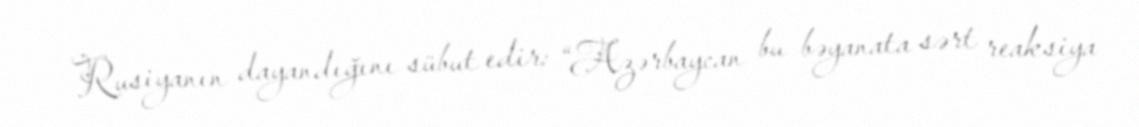
Rusiyanın dayandığını sübut edir: “Azərbaycan bu bəyanata sərt reaksiya